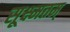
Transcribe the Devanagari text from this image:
सूक्ष्मतम्